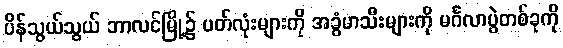
ပိန်သွယ်သွယ် ဘာလင်မြို့၌ ပတ်လုံးများကို အခွံမာသီးများကို မင်္ဂလာပွဲတစ်ခုကို